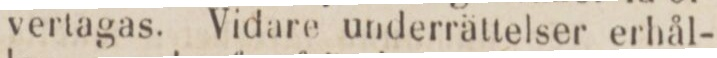
vertagas. Vidare underrättelser erhål-